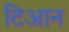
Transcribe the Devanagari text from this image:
टिआन